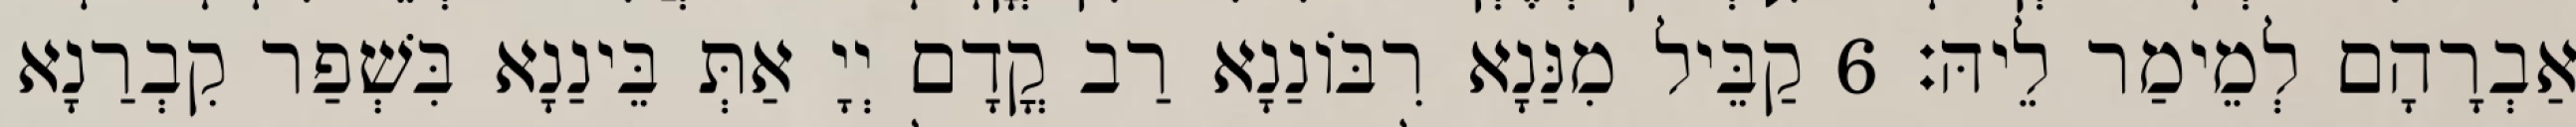
אַבְרָהָם לְמֵימַר לֵיהּ׃ 6 קַבֵּיל מִנַּנָא רִבּוֹנַנָא רַב קֳדָם יְיָ אַתְּ בֵּינַנָא בִּשְׁפַר קִבְרַנָא